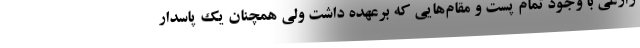
زارعی با وجود تمام پست و مقام‌هایی که برعهده داشت ولی همچنان یک پاسدار